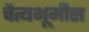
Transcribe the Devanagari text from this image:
चैत्यभूमीस